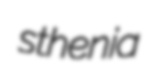
sthenia